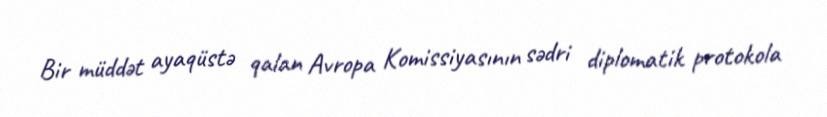
Bir müddət ayaqüstə qalan Avropa Komissiyasının sədri diplomatik protokola